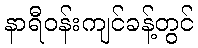
နာရီဝန်းကျင်ခန့်တွင်